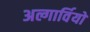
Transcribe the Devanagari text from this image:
अल्गार्वियो